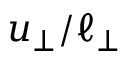
u _ { \perp } / \ell _ { \perp }